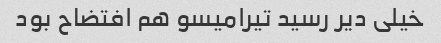
خیلی دیر رسید تیرامیسو هم افتضاح بود